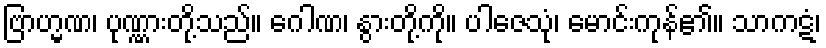
ဗြာဟ္မဏ၊ ပုဏ္ဏားတို့သည်။ ဂေါဏ၊ နွားတို့ကို။ ပါဇေသုံ၊ မောင်းကုန်၏။ သာကဋံ၊